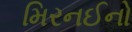
મિરનઈનો